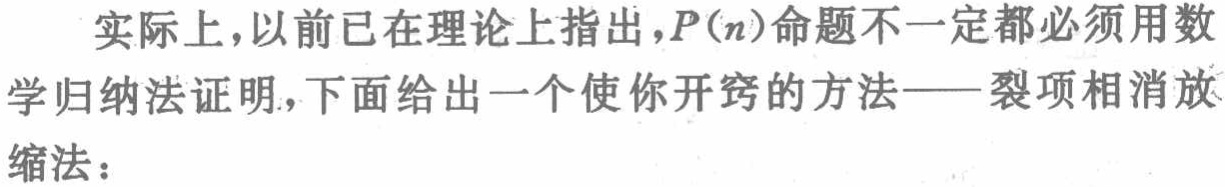
实际上，以前已在理论上指出，\(P(n)\)命题不一定都必须用数学归纳法证明，下面给出一个使你开窍的方法——裂项相消放缩法：